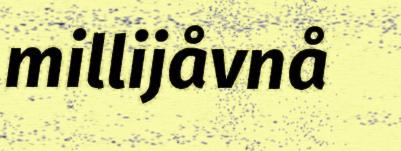
millijåvnå